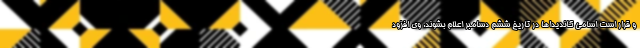
و قرار است اسامی کاندیداها در تاریخ ششم دسامبر اعلام بشوند. وی افزود